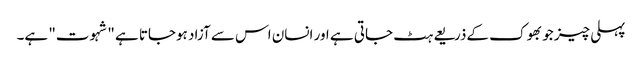
پہلی چیز جو بھوک کےذریعے ہٹ جاتی ہے اور انسان اس سے آزاد ہوجاتا ہے "شہوت" ہے۔